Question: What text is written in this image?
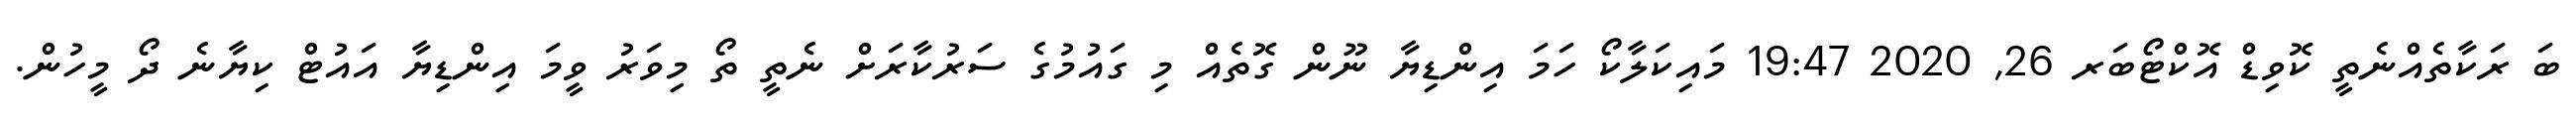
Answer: ބަ ރަކާތެއްނެތީ ކޮވިޑް އޮކްޓޯބަރ 26, 2020 19:47 މައިކަލާކޯ ހަމަ އިންޑިޔާ ނޫން ގޮތެއް މި ގައުމުގެ ސަރުކާރަށް ނެތީ ތޯ މިވަރު ވީމަ އިންޑިޔާ އައުޓް ކިޔާނެ ދޯ މީހުން.